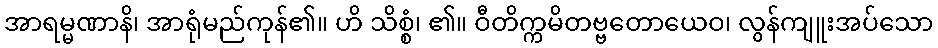
အာရမ္မဏာနိ၊ အာရုံမည်ကုန်၏။ ဟိ သိစ္စံ၊ ၏။ ဝီတိက္ကမိတဗ္ဗတောယေဝ၊ လွန်ကျူးအပ်သော